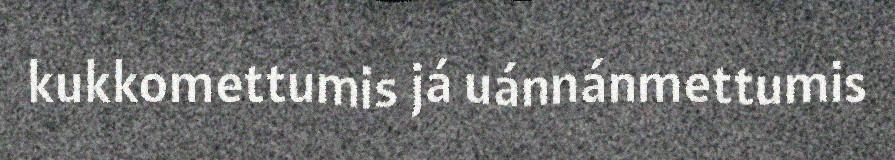
kukkomettumis já uánnánmettumis